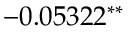
- 0 . 0 5 3 2 2 ^ { \ast \ast }